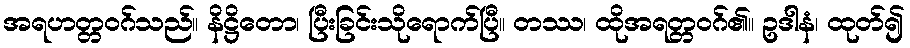
အရဟတ္တဝဂ်သည်။ နိဋ္ဌိတော၊ ပြီးခြင်းသိုရောက်ပြီ။ တဿ၊ ထိုအရတ္တဝဂ်၏။ ဥဒါနံ၊ ထုတ်၍